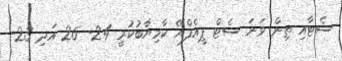
ސެޓާއި ތިން ވަނަ ސެޓް ޕީއެފްއޭ ކާމިޔާބުކުރީ 24- 26 އަދި 23-